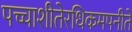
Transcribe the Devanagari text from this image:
पच्चाशीतेरधिकमपनीते